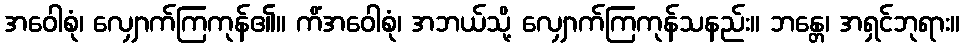
အဝေါစုံ၊ လျှောက်ကြကုန်၏။ ကိံအဝေါစုံ၊ အဘယ်သို့ လျှောက်ကြကုန်သနည်း။ ဘန္တေ၊ အရှင်ဘုရား။